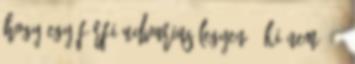
hogy egy férfi udvarias legyen - ki nem? -,